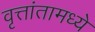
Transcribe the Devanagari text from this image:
वृत्तांतामध्ये